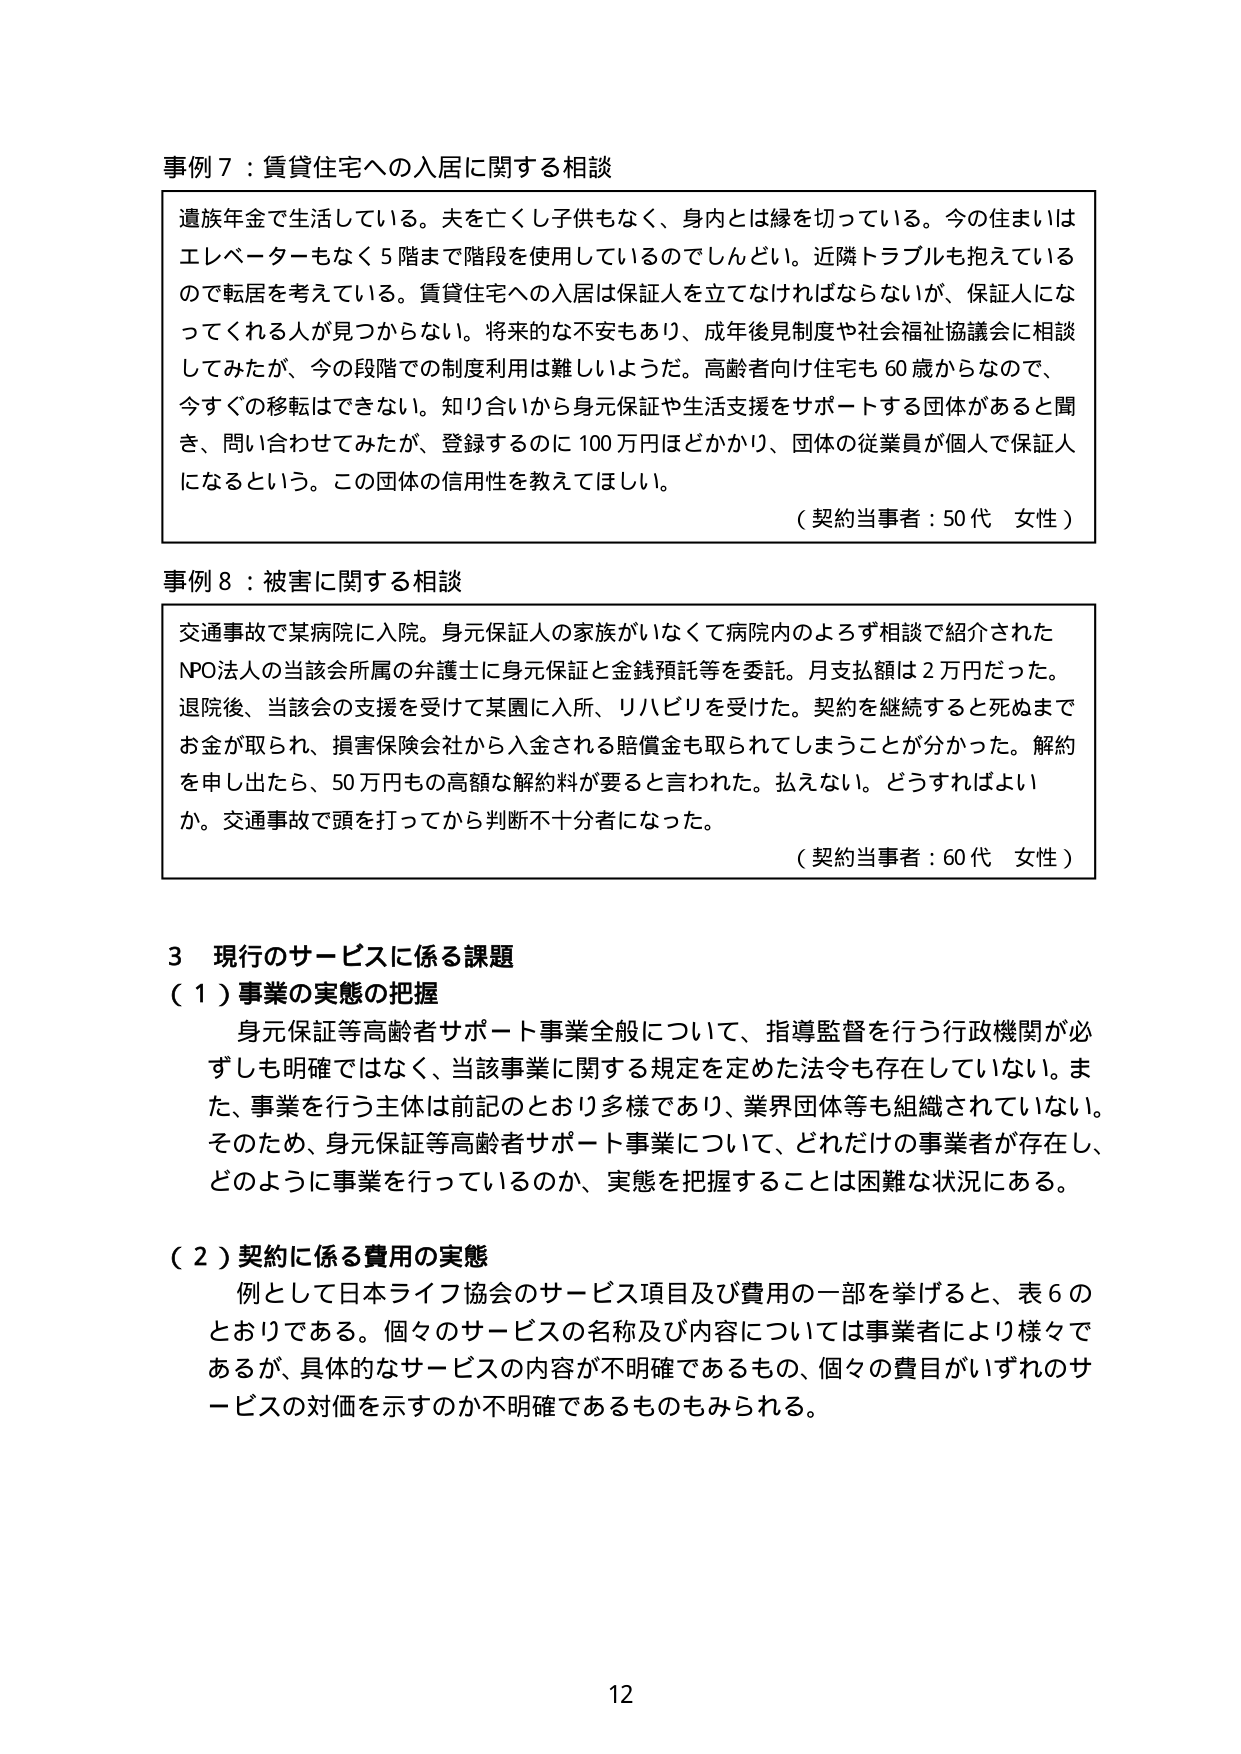
事例７：賃貸住宅への入居に関する相談
遺族年金で生活している。夫を亡くし子供もなく、身内とは縁を切っている。今の住まいはエレベーターもなく５階まで階段を使用しているのでしんどい。近隣トラブルも抱えているので転居を考えている。賃貸住宅への入居は保証人を立てなければならないが、保証人になってくれる人が見つからない。将来的な不安もあり、成年後見制度や社会福祉協議会に相談してみたが、今の段階での制度利用は難しいようだ。高齢者向け住宅も60歳からなので、今すぐの移転はできない。知り合いから身元保証や生活支援をサポートする団体があると聞き、問い合わせてみたが、登録するのに100万円ほどかかり、団体の従業員が個人で保証人になるという。この団体の信用性を教えてほしい。
（契約当事者：50代 女性）

事例８：被害に関する相談
交通事故で某病院に入院。身元保証人の家族がいなくて病院内のような相談で紹介されたNPO法人の当該会所属の弁護士に身元保証と金銭預託等を委託。月支払額は2万円だった。退院後、当該会の支援を受けて某園に入所、リハビリを受けた。契約を継続すると死ぬまでお金が取られ、損害保険会社から入金される賠償金も取られてしまうことが分かった。解約を申し出たら、50万円もの高額な解約料が要ると言われた。払えない。どうすればよいか。交通事故で頭を打ってから判断不十分者になった。
（契約当事者：60代 女性）

３ 現行のサービスに係る課題
（１）事業の実態の把握
身元保証等高齢者サポート事業全般について、指導監督を行う行政機関が必ずしも明確ではなく、当該事業に関する規定を定めた法令も存在していない。また、事業を行う主体は前記のとおり多様であり、業界団体等も組織されていない。そのため、身元保証等高齢者サポート事業について、どれだけの事業者が存在し、どのように事業を行っているのか、実態を把握することは困難な状況にある。

（２）契約に係る費用の実態
例として日本ライフ協会のサービス項目及び費用の一部を挙げると、表６のとおりである。個々のサービスの名称及び内容については事業者により様々であるが、具体的なサービスの内容が不明確であるもの、個々の費目がいずれのサービスの対価を示すのか不明確であるものもみられる。

12